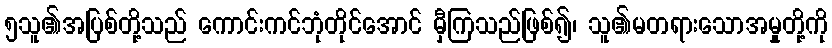
၅သူ၏အပြစ်တို့သည် ကောင်းကင်ဘုံတိုင်အောင် မှီကြသည်ဖြစ်၍၊ သူ၏မတရားသောအမှုတို့ကို